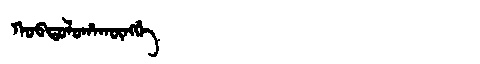
Manchu: ᡴᠣᠪᡨᠣᠯᠣᡥᠠᡴᡡᠩᡤᡝ
Romanization: KOBTOLOHAKŪNGGE